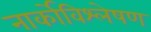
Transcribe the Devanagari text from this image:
नार्कोविश्लेषण